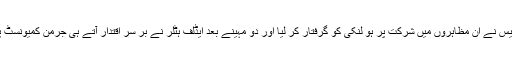
[10] دسمبر 1932ء میں جرمنی کی پولیس نے اِن مظاہروں میں شرکت پر ہو لنکی کو گرفتار کر لیا اور دو مہینے بعد ایڈلف ہٹلر نے بر سر اقتدار آتے ہی جرمن کمیونسٹ پارٹی کے رہنماؤں کو جیلوں میں ڈال دیا۔